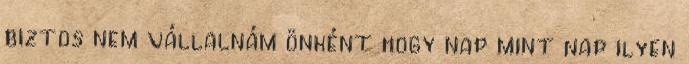
biztos nem vállalnám önként hogy nap mint nap ilyen